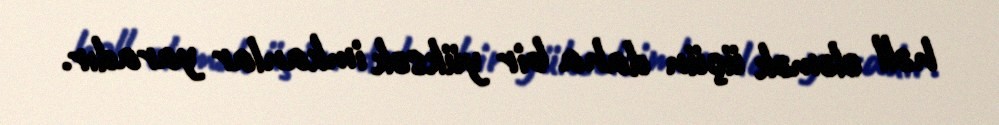
həll eləmək üçün daha bir yüksək imkanlar yaradır.